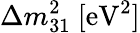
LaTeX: \Delta{m_{31}^{2}}~[\mathrm{{eV}^{2}]}